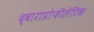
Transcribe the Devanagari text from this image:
द्वाराप्रोफीलेटिक